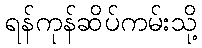
ရန်ကုန်ဆိပ်ကမ်းသို့